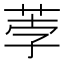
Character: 荸